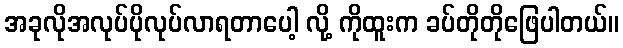
အခုလိုအလုပ်ပိုလုပ်လာရတာပေါ့ လို့ ကိုထူးက ခပ်တိုတိုဖြေပါတယ်။